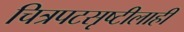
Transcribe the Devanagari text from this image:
चित्रपटसृष्टीलाही